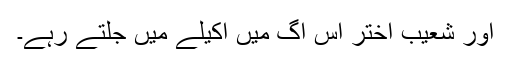
اور شعیب اختر اس آگ میں اکیلے میں جلتے رہے۔